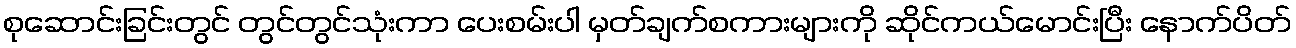
စုဆောင်းခြင်းတွင် တွင်တွင်သုံးကာ ပေးစမ်းပါ မှတ်ချက်စကားများကို ဆိုင်ကယ်မောင်းပြီး နောက်ပိတ်